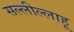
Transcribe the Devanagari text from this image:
सल्लील्लाहू